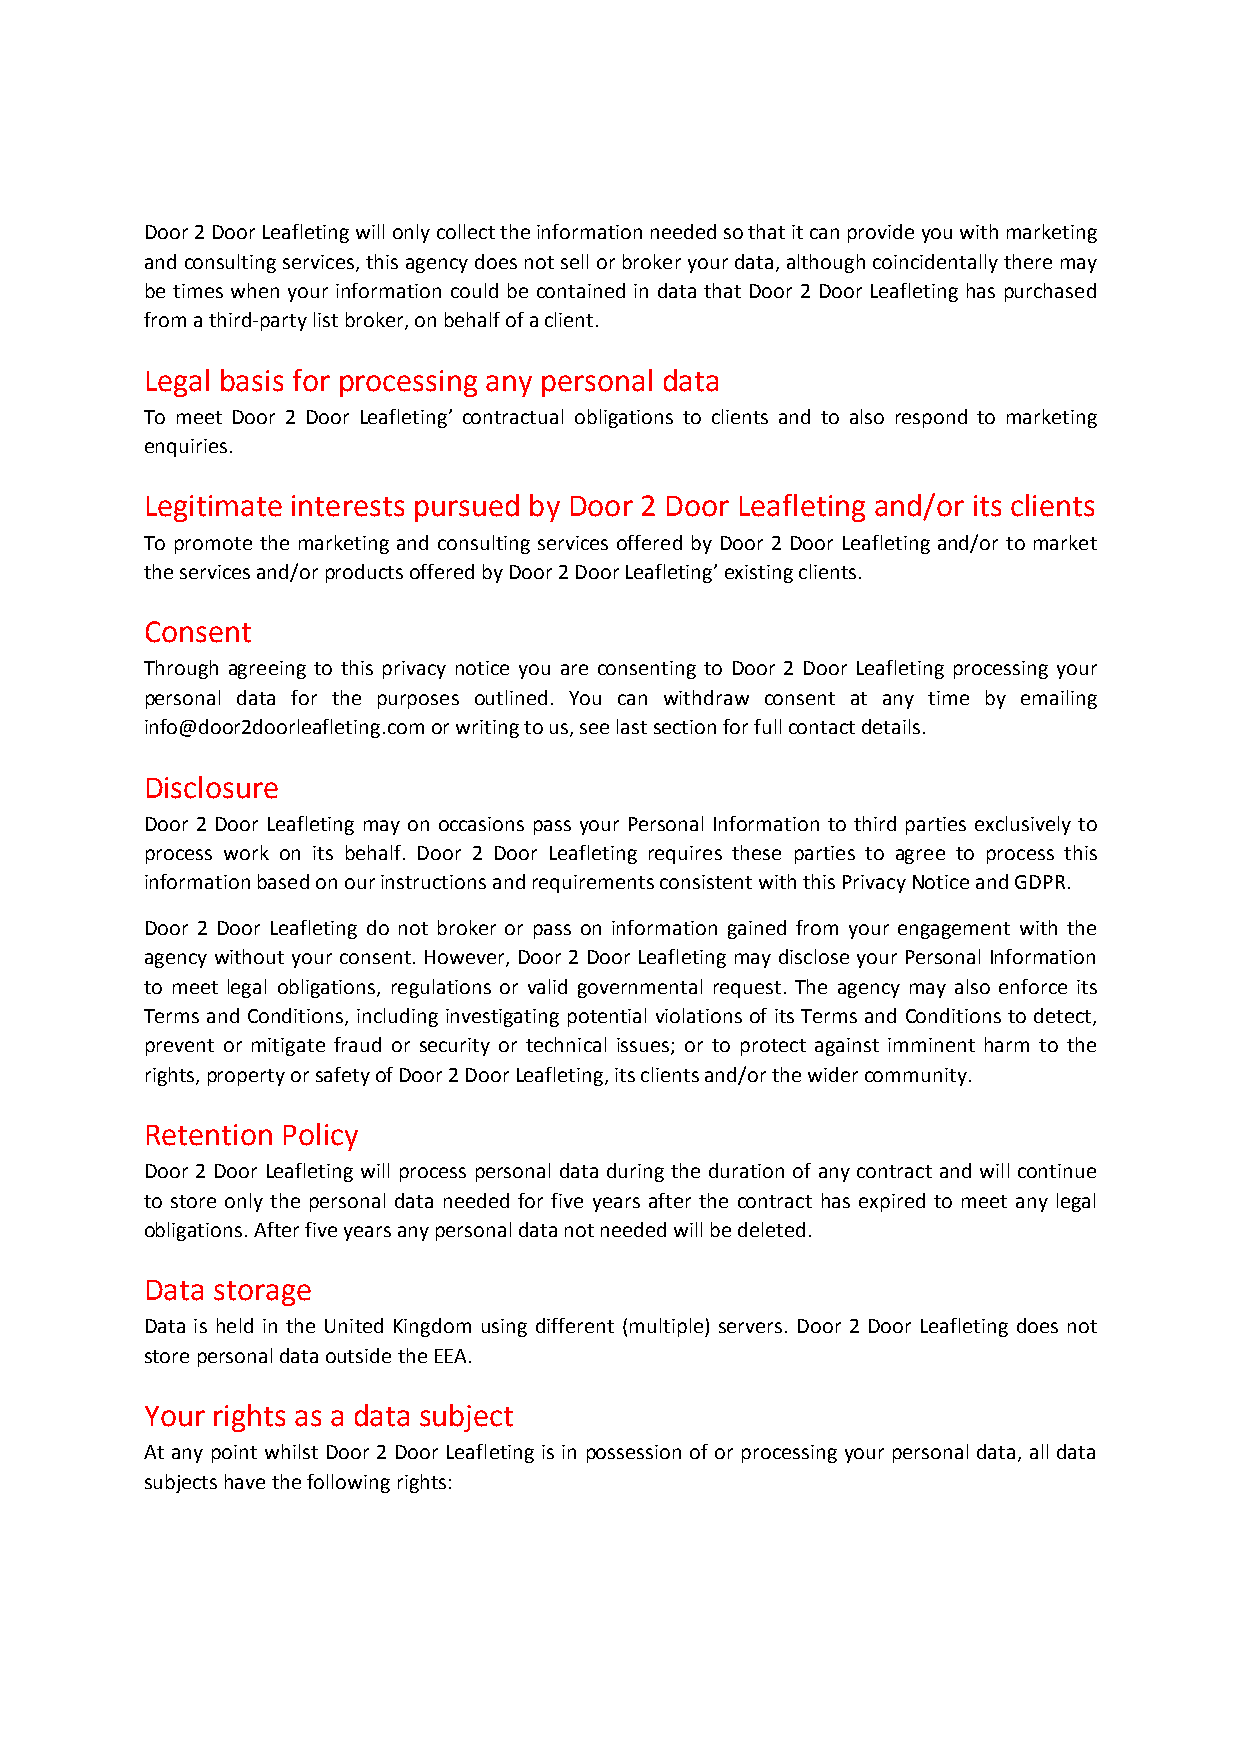
Door 2 Door Leafleting will only collect the information needed so that it can provide you with marketing
 and consulting services, this agency does not sell or broker your data, although coincidentally there may
 be times when your information could be contained in data that Door 2 Door Leafleting has purchased
 from a third‐party list broker, on behalf of a client.
 Legal basis for processing any personal data
 To meet Door 2 Door Leafleting’ contractual obligations to clients and to also respond to marketing
 enquiries.
 Legitimate interests pursued by Door 2 Door Leafleting and/or its clients
 To promote the marketing and consulting services offered by Door 2 Door Leafleting and/or to market
 the services and/or products offered by Door 2 Door Leafleting’ existing clients.
 Consent
 Through agreeing to this privacy notice you are consenting to Door 2 Door Leafleting processing your
 personal data for the purposes outlined. You can withdraw consent at any time by emailing
 info@door2doorleafleting.com or writing to us, see last section for full contact details.
 Disclosure
 Door 2 Door Leafleting may on occasions pass your Personal Information to third parties exclusively to
 process work on its behalf. Door 2 Door Leafleting requires these parties to agree to process this
 information based on our instructions and requirements consistent with this Privacy Notice and GDPR.
 Door 2 Door Leafleting do not broker or pass on information gained from your engagement with the
 agency without your consent. However, Door 2 Door Leafleting may disclose your Personal Information
 to meet legal obligations, regulations or valid governmental request. The agency may also enforce its
 Terms and Conditions, including investigating potential violations of its Terms and Conditions to detect,
 prevent or mitigate fraud or security or technical issues; or to protect against imminent harm to the
 rights, property or safety of Door 2 Door Leafleting, its clients and/or the wider community.
 Retention Policy
 Door 2 Door Leafleting will process personal data during the duration of any contract and will continue
 to store only the personal data needed for five years after the contract has expired to meet any legal
 obligations. After five years any personal data not needed will be deleted.
 Data storage
 Data is held in the United Kingdom using different (multiple) servers. Door 2 Door Leafleting does not
 store personal data outside the EEA.
 Your rights as a data subject
 At any point whilst Door 2 Door Leafleting is in possession of or processing your personal data, all data
 subjects have the following rights: